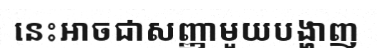
នេះអាចជាសញ្ញាមួយបង្ហាញ